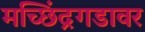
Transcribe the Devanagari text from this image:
मच्छिंद्रगडावर